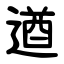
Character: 遒